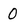
Character: 0